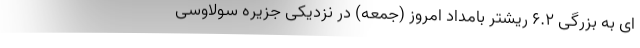
ای به بزرگی ۶.۲ ریشتر بامداد امروز (جمعه) در نزدیکی جزیره سولاوسی